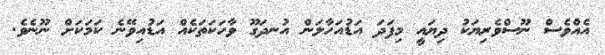
އެއްވެސް ނޫސްވެރިޔަކު ދިޔައީ މިފަދަ އަޑުއަހާލަން އުނދަގޫ ވާހަކަތަކެއް އަޑުއިވޭނެ ކަމަކަށް ނޫނެވެ.